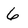
Character: 6